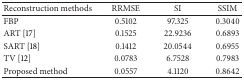
| Reconstruction methods | RRMSE | SI | SSIM |
 | --- | --- | --- | --- |
 | FBP | 0.5102 | 97.325 | 0.3040 |
 | ART [17] | 0.1525 | 22.9236 | 0.6893 |
 | SART [18] | 0.1412 | 20.0544 | 0.6955 |
 | TV [12] | 0.0783 | 6.7528 | 0.7983 |
 | Proposed method | 0.0557 | 4.1120 | 0.8642 |